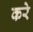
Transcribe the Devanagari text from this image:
करेे